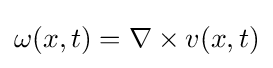
\omega (x,t)=\nabla \times v(x,t)